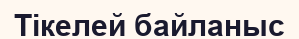
Тікелей байланыс